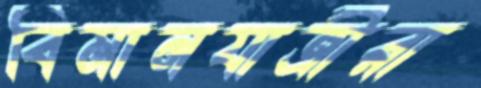
বিমানযাত্রীরা